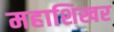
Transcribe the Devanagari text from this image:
महाशिखर